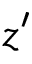
z ^ { \prime }